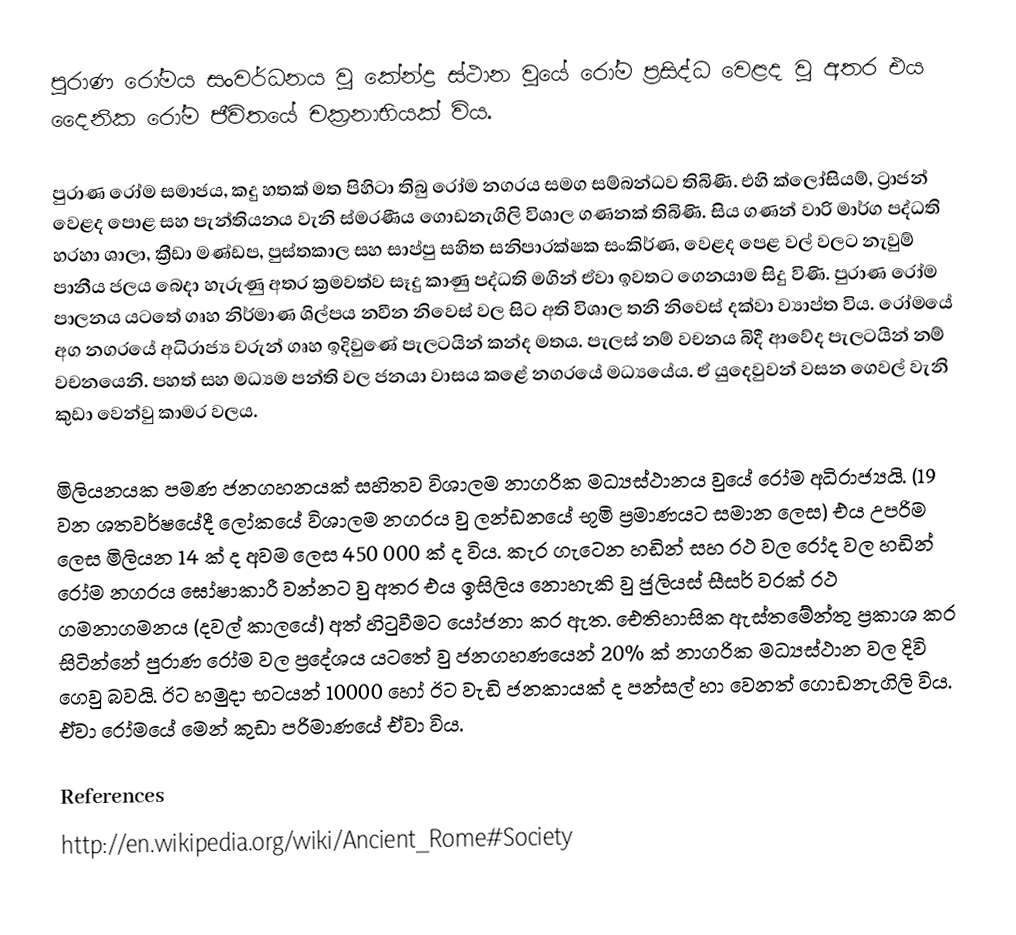
පුරාණ රෝමය සංවර්ධනය වූ කේන්ද්‍ර ස්ථාන වුයේ රෝම ප්‍රසිද්ධ වෙළද වු අතර එය දෛනික රෝම ජීවිතයේ චක්‍රනාභියක් විය.

පුරාණ රෝම සමාජය, කදු හතක් මත පිහිටා තිබු රෝම නගරය සමග සම්බන්ධව තිබිණි. එහි ක්ලෝසියම්, ට්‍රාජන් වෙළද පොළ සහ පැන්තියනය වැනි ස්මරණීය ගොඩනැගිලි විශාල ගණනක් තිබිණි. සිය ගණන් වාරි මාර්ග පද්ධති හරහා ශාලා, ක්‍රීඩා මණ්ඩප, පුස්තකාල සහ සාප්පු සහිත සනිපාරක්ෂක සංකිර්ණ, වෙළද පෙළ වල් වලට නැවුම් පානීය ජලය බෙදා හැරුණු අතර ක්‍රමවත්ව සෑදු කාණු පද්ධති මගින් ඒවා ඉවතට ගෙනයාම සිදු විණි. පුරාණ රෝම පාලනය යටතේ ගෘහ නිර්මාණ ශිල්පය නවීන නිවෙස් වල සිට අති විශාල තනි නිවෙස් දක්වා ව්‍යාප්ත විය. රෝමයේ අග නගරයේ අධිරාජ්‍ය වරුන් ගෘහ ඉදිවුණේ පැලටයින් කන්ද මතය. පැලස් නම් වචනය බිදී ආවේද පැලටයින් නම් වචනයෙනි. පහත් සහ මධ්‍යම පන්ති වල ජනයා වාසය කළේ නගරයේ මධ්‍යයේය. ඒ යුදෙවුවන් වසන ගෙවල් වැනි කුඩා වෙන්වු කාමර වලය.

මිලියනයක පමණ ජනගහනයක් සහිතව විශාලම නාගරික මධ්‍යස්ථානය වුයේ රෝම අධිරාජ්‍යයි. (19 වන ශතවර්ෂයේදී ලෝකයේ විශාලම නගරය වු ලන්ඩනයේ භූමි ප්‍රමාණයට සමාන ලෙස) එය උපරිම ලෙස මිලියන 14 ක් ද අවම ලෙස 450 000 ක් ද විය. කැර ගැටෙන හඩින් සහ රථ වල රෝද වල හඩින් රෝම නගරය ඝෝෂාකාරී වන්නට වු අතර එය ඉසිලිය නොහැකි වු ජුලියස් සීසර් වරක් රථ ගමනාගමනය (දවල් කාලයේ) අත් හිටුවීමට යෝජනා කර ඇත. ඓතිහාසික ඇස්තමේන්තු ප්‍රකාශ කර සිටින්නේ පුරාණ රෝම වල ප්‍රදේශය යටතේ වු ජනගහණයෙන් 20% ක් නාගරික මධ්‍යස්ථාන වල දිවි ගෙවු බවයි. ඊට හමුදා භටයන් 10000 හෝ ඊට වැඩි ජනකායක් ද පන්සල් හා වෙනත් ගොඩනැගිලි විය. ඒවා රෝමයේ මෙන් කුඩා පරිමාණයේ ඒවා විය.

References
http://en.wikipedia.org/wiki/Ancient_Rome#Society